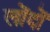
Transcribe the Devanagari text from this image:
लोंदों